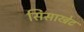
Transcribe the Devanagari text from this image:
सिसाखेट